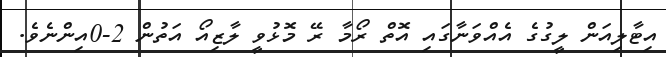
އިޓާލިއަން ލީގުގެ އެއްވަނާގައި އޮތް ރޯމާ ރޭ މޮޅުވީ ލާޒިއޯ އަތުން 2-0އިންނެވެ.